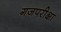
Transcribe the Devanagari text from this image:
गजपरीक्षा